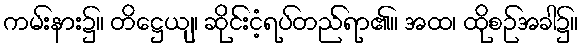
ကမ်းနား၌။ တိဋ္ဌေယျ၊ ဆိုင်းငံ့ရပ်တည်ရာ၏။ အထ၊ ထိုစဉ်အခါ၌။